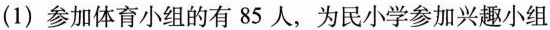
(1) 参加体育小组的有85人，为民小学参加兴趣小组